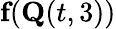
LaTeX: \textbf{f}(\textbf{Q}(t,{3}))